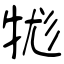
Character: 牻